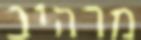
מרהיב